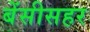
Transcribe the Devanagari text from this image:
बेंसीसहर